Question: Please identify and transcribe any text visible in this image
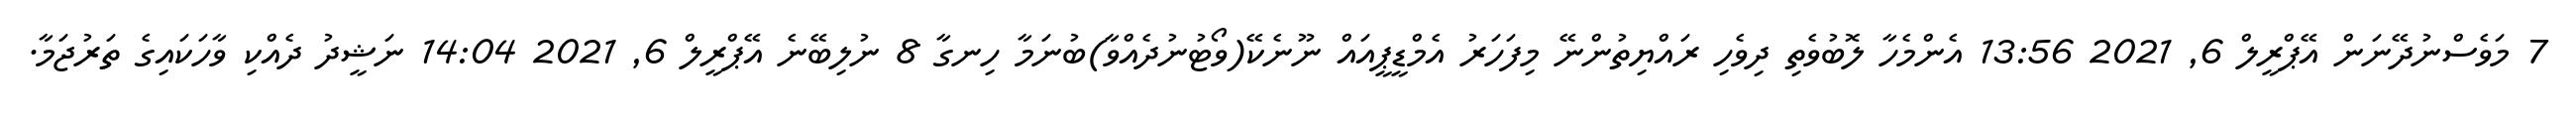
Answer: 7 މަވެސްނުދޭނަން އޭޕްރީލް 6, 2021 13:56 އެންމެހާ ލޮބުވެތި ދިވެހި ރައްޔިތުންނޭ މިފަހަރު އެމްޑީޕީއައް ނޫނެކޭ(ވޯޓުނުދެއްވާ)ބުނަމާ ހިނގާ 8 ނުލިބޭނެ އޭޕްރީލް 6, 2021 14:04 ނަޝީދު ދެއްކި ވާހަކައިގެ ތަރުޖަމާ.